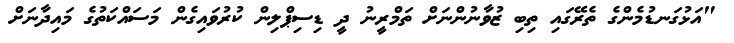
"އަޅުގަނޑުމެންގެ ތެރޭގައި ތިބި ޒުވާނުންނަށް ތަމްރީނު ދީ ޑިސިޕްލިން ކުރުވައިގެން މަސައްކަތުގެ މައިދާނަށް